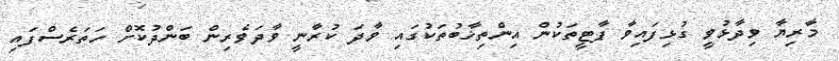
މާރިޔާ ވިދާޅުވީ ގުޅިފައިވާ ޕާޓީތަކުން އިންތިޚާބުތަކުގައި ވާދަ ކުރާނީ ވާދަވެރިން ބަންދުކޮށް ހަތަރެސްފައި